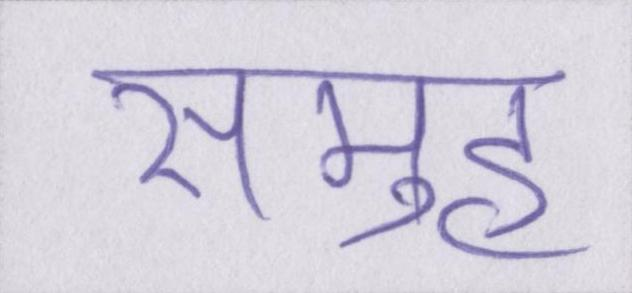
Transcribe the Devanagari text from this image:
समुह